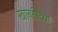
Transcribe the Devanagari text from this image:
खानतीच्या